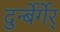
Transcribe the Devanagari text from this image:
दुर्न्बेर्गेर्